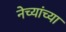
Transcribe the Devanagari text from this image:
नेच्यांच्या